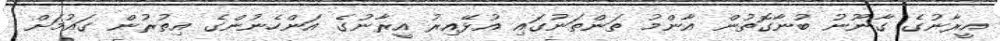
އީރާނުގެ ގާނޫނު ބުނާގޮތުން އާންމު ތަންތަނުގައި އުޅޭއިރު އީރާނުގެ އަންހެނުންގެ އިތުރުން ގައުމަށް